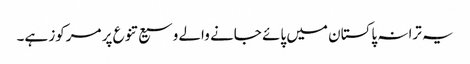
یہ ترانہ پاکستان میں پائے جانے والے وسیع تنوع پر مرکوز ہے۔